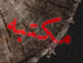
مكتبه